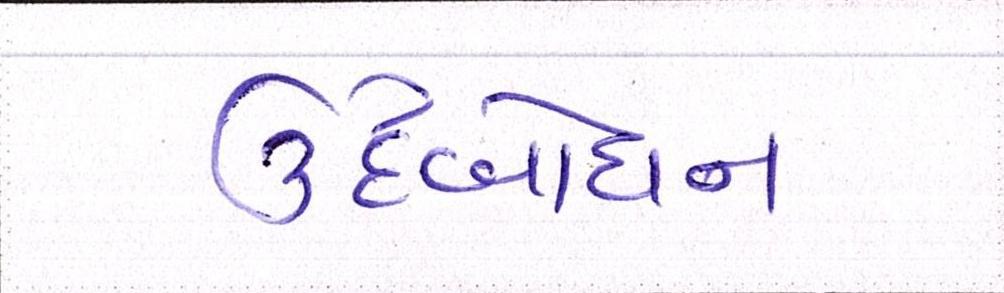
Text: ઉદબોધન